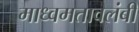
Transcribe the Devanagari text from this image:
माध्वमतावलंबी